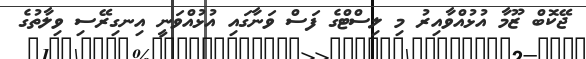
ޖޭކޮބް ޒޫމާ އުޅުއްވާއިރު މި ލިސްޓްގެ ފަސް ވަނާގައި އުޅުއްވަނީ އިނގިރޭސި ވިލާތުގެ